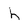
Character: h